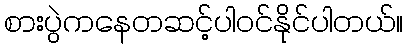
စားပွဲကနေတဆင့်ပါ၀င်နိုင်ပါတယ်။